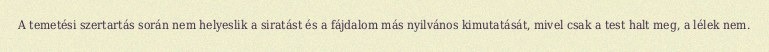
A temetési szertartás során nem helyeslik a siratást és a fájdalom más nyilvános kimutatását, mivel csak a test halt meg, a lélek nem.